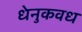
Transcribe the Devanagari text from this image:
धेनुकवध